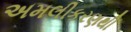
અમલીકરણથી